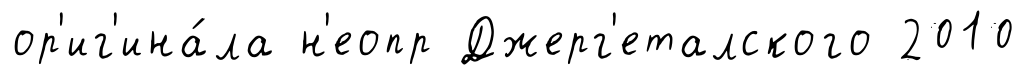
ор'иг'ина́ла н'еопр Джерг'еталского 2010